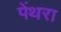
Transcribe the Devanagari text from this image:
पेंथरा